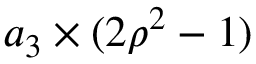
a _ { 3 } \times ( 2 \rho ^ { 2 } - 1 )